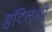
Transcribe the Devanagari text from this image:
हॉटेलशी